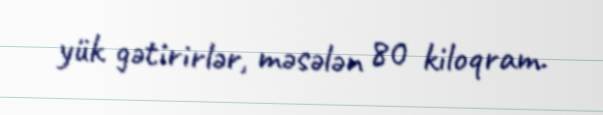
yük gətirirlər, məsələn 80 kiloqram.